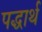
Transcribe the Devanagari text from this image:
पद्धार्थ